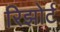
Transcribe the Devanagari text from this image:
रिझोर्ट